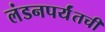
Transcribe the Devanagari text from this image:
लंडनपर्यंतची